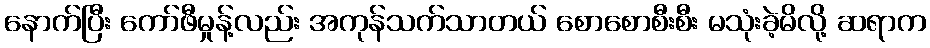
နောက်ပြီး ကော်ဖီမှုန့်လည်း အကုန်သက်သာတယ် စောစောစီးစီး မသုံးခဲ့မိလို့ ဆရာက